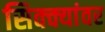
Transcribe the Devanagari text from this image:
सिक्क्यांवर